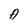
Character: A